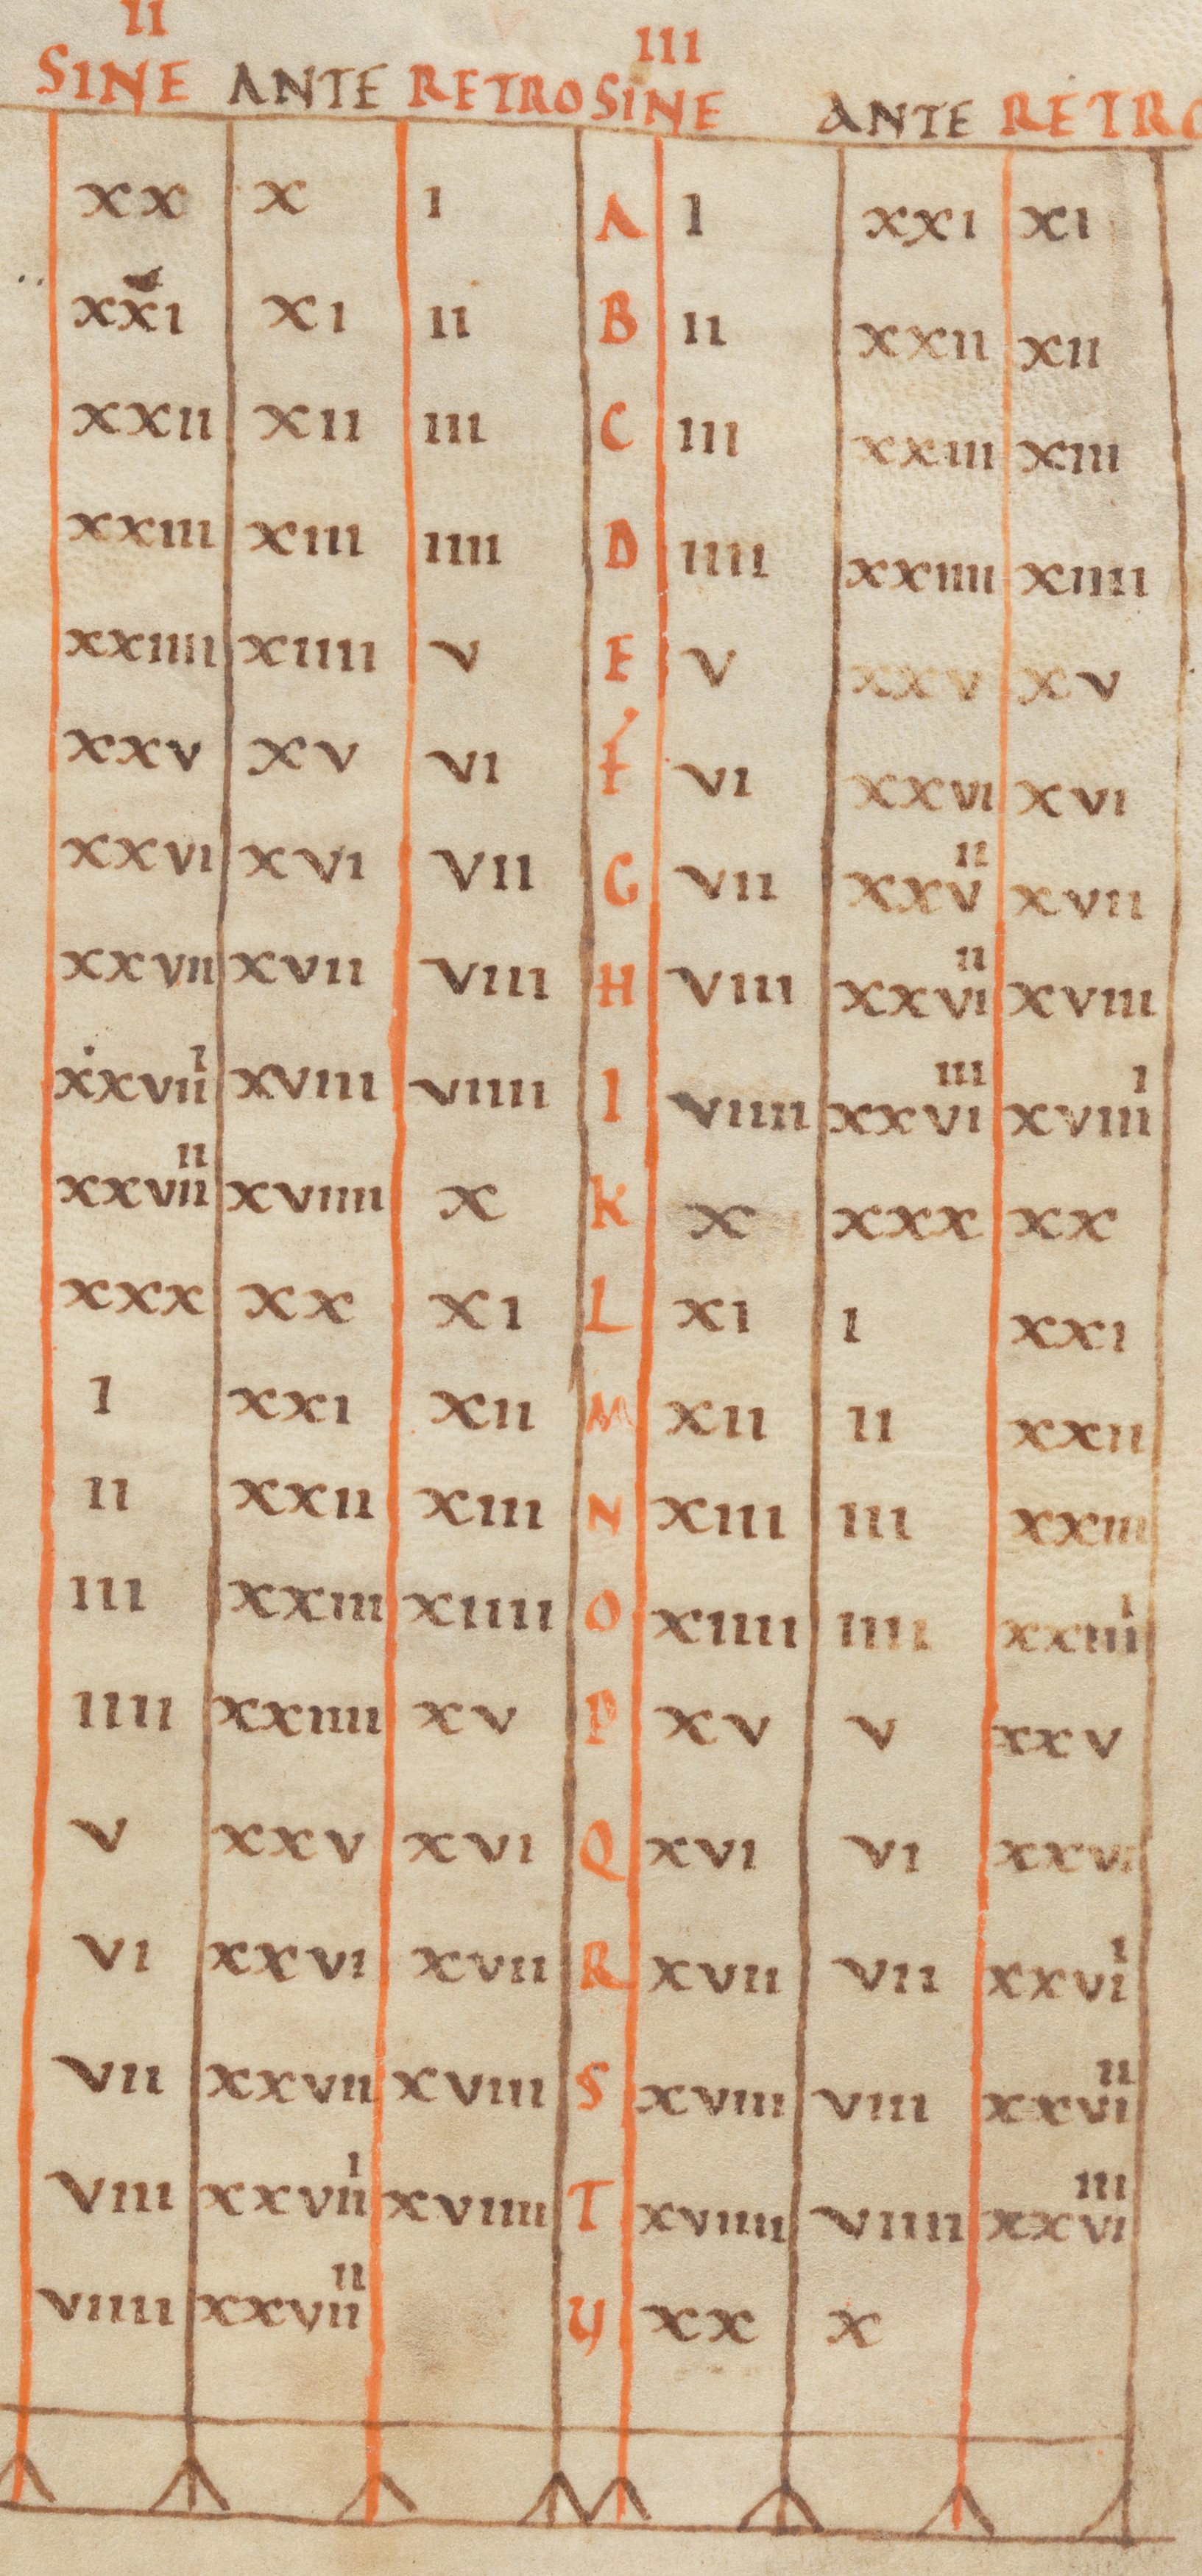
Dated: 800–1299